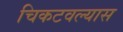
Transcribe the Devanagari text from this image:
चिकटवल्यास